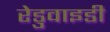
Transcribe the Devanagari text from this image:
रेडुवाइडी